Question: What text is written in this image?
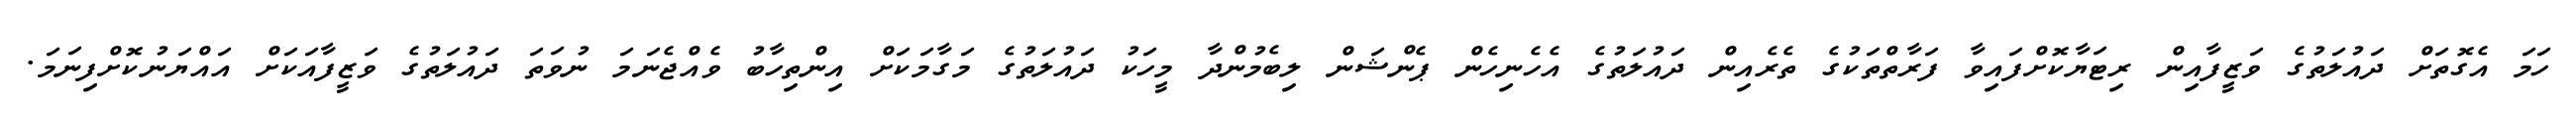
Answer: ހަމަ އެގޮތަށް ދައުލަތުގެ ވަޒީފާއިން ރިޓަޔާކޮށްފައިވާ ފަރާތްތަކުގެ ތެރެއިން ދައުލަތުގެ އެހެނިހެން ޕެންޝަން ލިބެމުންދާ މީހަކު ދައުލަތުގެ މަގާމަކަށް އިންތިހާބު ވެއްޖެނަމަ ނުވަތަ ދައުލަތުގެ ވަޒީފާއަކަށް އައްޔަނުކޮށްފިނަމަ.